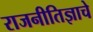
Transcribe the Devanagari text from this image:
राजनीतिज्ञाचे